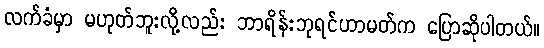
လက်ခံမှာ မဟုတ်ဘူးလို့လည်း ဘာရိန်းဘုရင်ဟာမတ်က ပြောဆိုပါတယ်။